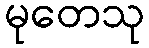
မုတေသု